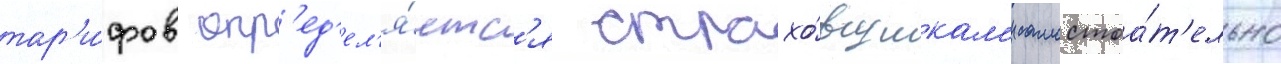
тар'и́фов опр'ед'ел'я́етс'я страхо́вщикам'и самостоа́т'ельно